Indian journal of veterinary science and animal husbandry - Volumes 26-27, 1956-1957
Year: 1956
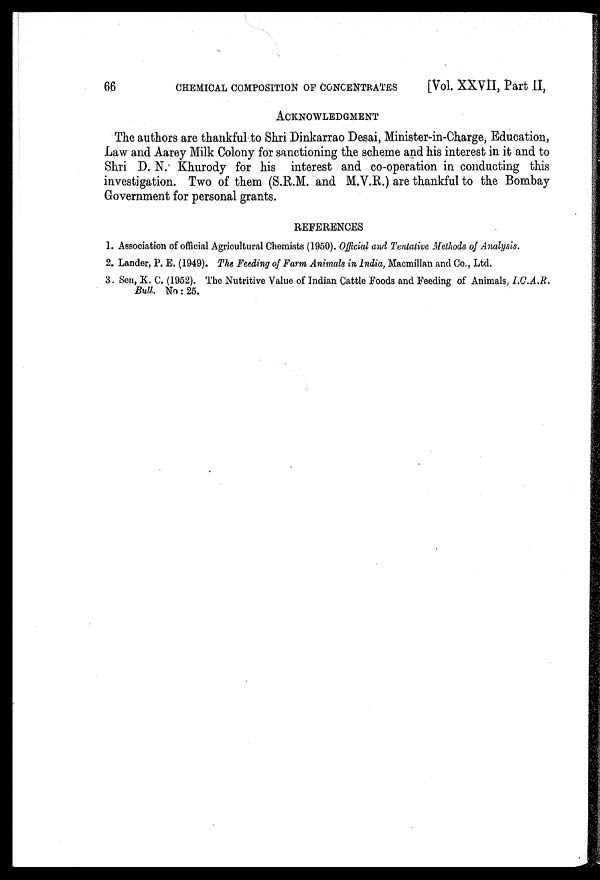
66
CHEMICAL COMPOSITION OF CONCENTRATES
[Vol. XXVII, Part II,
ACKNOWLEDGMENT
The authors are thankful to Shri Dinkarrao Desai, Minister-in-Charge, Education,
Law and Aarey Milk Colony for sanctioning the scheme and his interest in it and to
Shri D. N. Khurody for his interest and co-operation in conducting this
investigation. Two of them (S.R.M. and M.V.R.) are thankful to the Bombay
Government for personal grants.
REFERENCES
1. Association of official Agricultural Chemists (1950). Official and Tentative Methods of Analysis.
2. Lander, P. E. (1949). The Feeding of Farm Animals in India, Macmillan and Co., Ltd.
3. Sen, K. C. (1952). The Nutritive Value of Indian Cattle Foods and Feeding of Animals, I.C.A.R.
Bull. No: 25.